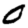
Digit: 0